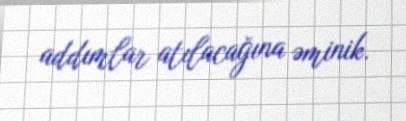
addımlar atılacağına əminik.